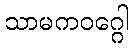
သာမကဝဂ္ဂေါ